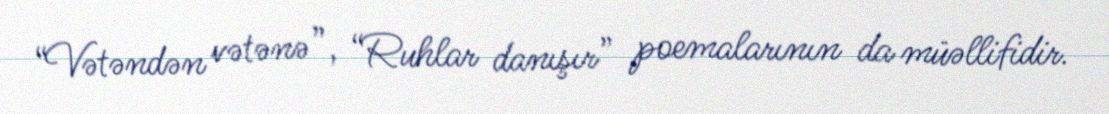
“Vətəndən vətənə”, “Ruhlar danışır” poemalarının da müəllifidir.